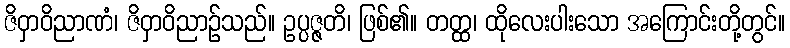
ဇိဝှာဝိညာဏံ၊ ဇိဝှာဝိညာဉ်သည်။ ဥပ္ပဇ္ဇတိ၊ ဖြစ်၏။ တတ္ထ၊ ထိုလေးပါးသော အကြောင်းတို့တွင်။